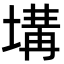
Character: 𡏞